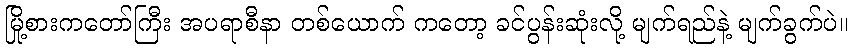
မြို့စားကတော်ကြီး အပရာစီနာ တစ်ယောက် ကတော့ ခင်ပွန်းဆုံးလို့ မျက်ရည်နဲ့ မျက်ခွက်ပဲ။